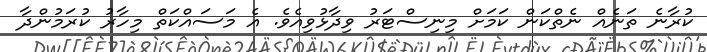
ކުރާނެ ތަނެއް ނެތްކަން ކަމަށް މިނިސްޓަރު ވިދާޅުވިއެވެ. އެ މަސައްކަތް މިހާރު ކުރަމުންދާ